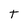
Character: T